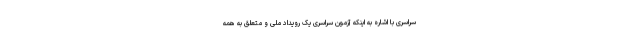
سراسری با اشاره به اینکه آزمون سراسری یک رویداد ملی و متعلق به همه